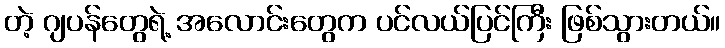
တဲ့ ဂျပန်တွေရဲ့ အလောင်းတွေက ပင်လယ်ပြင်ကြီး ဖြစ်သွားတယ်။